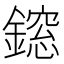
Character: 𨬃